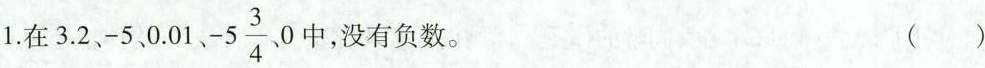
1. 在3.2、-5、0.01、-5 \frac{3}{4}、0中，没有负数。 ( )